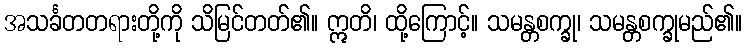
အသင်္ခတတရားတို့ကို သိမြင်တတ်၏။ ဣတိ၊ ထို့ကြောင့်။ သမန္တစက္ခု၊ သမန္တစက္ခုမည်၏။